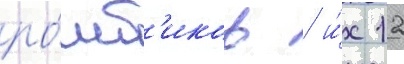
ро́мб'иков / и́х 12